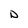
Character: D